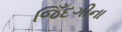
જિઁદગીના